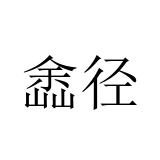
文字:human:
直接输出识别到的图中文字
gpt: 嵞径